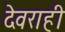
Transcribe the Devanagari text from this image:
देवराही